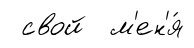
свой м'ен'я́